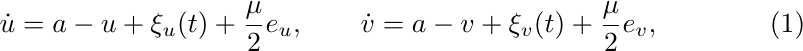
\begin{equation}\label{eq:1}
   \dot{u}=a-u+\xi_u(t)+\frac{\mu}{2}e_u,\qquad \dot{v}=a-v+\xi_v(t)+\frac{\mu}{2}e_v,
\end{equation}